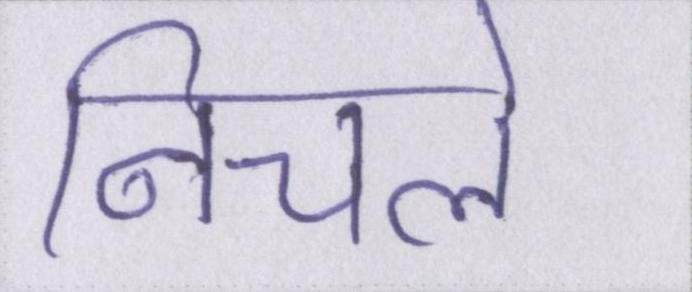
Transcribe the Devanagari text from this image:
निचले